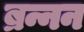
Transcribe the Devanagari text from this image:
ब्रन्नन